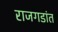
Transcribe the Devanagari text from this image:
राजगडांत